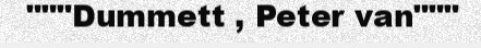
"""Dummett , Peter van"""